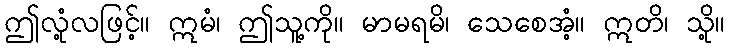
ဤလုံ့လဖြင့်။ ဣမံ၊ ဤသူ့ကို။ မာမရမိ၊ သေစေအံ့။ ဣတိ၊ သို့။